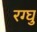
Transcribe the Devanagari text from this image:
रग्घु